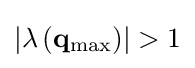
\left|\lambda \left(\mathbf {q} _{\mathrm {max} }\right)\right|>1